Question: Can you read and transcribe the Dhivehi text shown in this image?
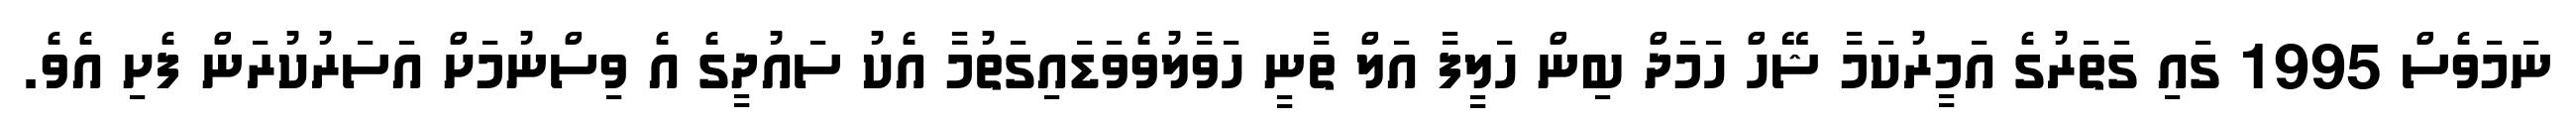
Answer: ނަމަވެސް 1995 ގައި ގަތަރުގެ އަމީރުކަމާ ޝޭހް ހަމަދް ބިން ހަލީފާ އަލް ތާނީ ހަވާލުވެވަޑައިގަތުމާ އެކު ސައުދީގެ އެ ވިސްނުމަށް އަސަރުކުރަން ފެށި އެވެ.